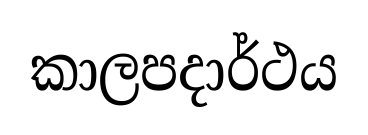
කාලපදාර්ථය